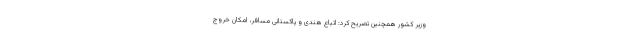
وزیر کشور همچنین تصریح کرد: اتباع هندی و پاکستانی مسافر، امکان خروج